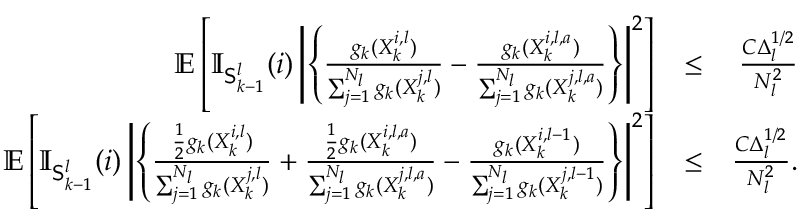
\begin{array} { r l r } { \mathbb { E } \left[ \mathbb { I } _ { \mathsf { S } _ { k - 1 } ^ { l } } ( i ) \left| \left\{ \frac { g _ { k } ( X _ { k } ^ { i , l } ) } { \sum _ { j = 1 } ^ { N _ { l } } g _ { k } ( X _ { k } ^ { j , l } ) } - \frac { g _ { k } ( X _ { k } ^ { i , l , a } ) } { \sum _ { j = 1 } ^ { N _ { l } } g _ { k } ( X _ { k } ^ { j , l , a } ) } \right\} \right| ^ { 2 } \right] } & { \leq } & { \frac { C \Delta _ { l } ^ { 1 / 2 } } { N _ { l } ^ { 2 } } } \\ { \mathbb { E } \left[ \mathbb { I } _ { \mathsf { S } _ { k - 1 } ^ { l } } ( i ) \left| \left\{ \frac { \frac { 1 } { 2 } g _ { k } ( X _ { k } ^ { i , l } ) } { \sum _ { j = 1 } ^ { N _ { l } } g _ { k } ( X _ { k } ^ { j , l } ) } + \frac { \frac { 1 } { 2 } g _ { k } ( X _ { k } ^ { i , l , a } ) } { \sum _ { j = 1 } ^ { N _ { l } } g _ { k } ( X _ { k } ^ { j , l , a } ) } - \frac { g _ { k } ( X _ { k } ^ { i , l - 1 } ) } { \sum _ { j = 1 } ^ { N _ { l } } g _ { k } ( X _ { k } ^ { j , l - 1 } ) } \right\} \right| ^ { 2 } \right] } & { \leq } & { \frac { C \Delta _ { l } ^ { 1 / 2 } } { N _ { l } ^ { 2 } } . } \end{array}